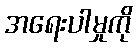
အရေးပါမှုကို